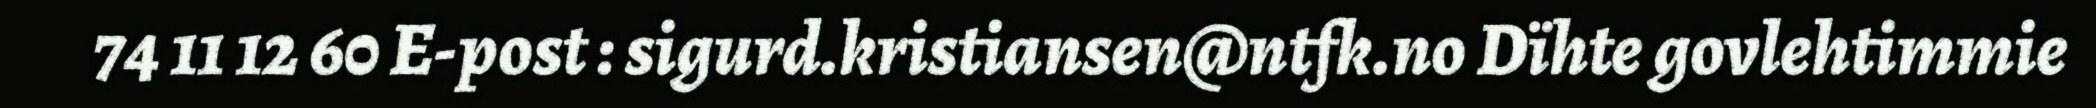
74 11 12 60 E-post : sigurd.kristiansen@ntfk.no Dïhte govlehtimmie